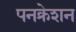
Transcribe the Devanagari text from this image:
पनक्रेशन